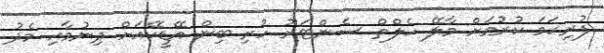
ފުރިހަމަ ކުރުމަށް މާލޭ ހެލްތް ސެންޓަރު ހުރި ބިން އޭޑީކޭއަށް ދިނުމާއި މެދު